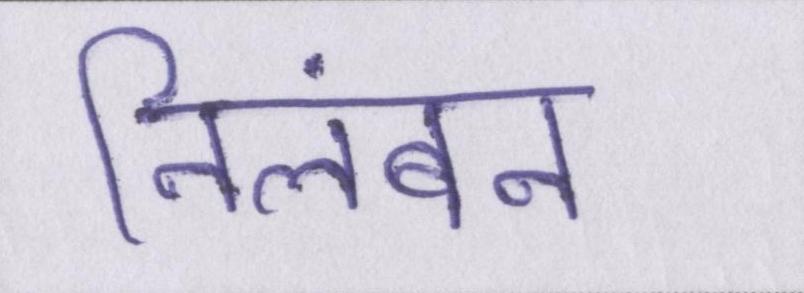
निलंबन